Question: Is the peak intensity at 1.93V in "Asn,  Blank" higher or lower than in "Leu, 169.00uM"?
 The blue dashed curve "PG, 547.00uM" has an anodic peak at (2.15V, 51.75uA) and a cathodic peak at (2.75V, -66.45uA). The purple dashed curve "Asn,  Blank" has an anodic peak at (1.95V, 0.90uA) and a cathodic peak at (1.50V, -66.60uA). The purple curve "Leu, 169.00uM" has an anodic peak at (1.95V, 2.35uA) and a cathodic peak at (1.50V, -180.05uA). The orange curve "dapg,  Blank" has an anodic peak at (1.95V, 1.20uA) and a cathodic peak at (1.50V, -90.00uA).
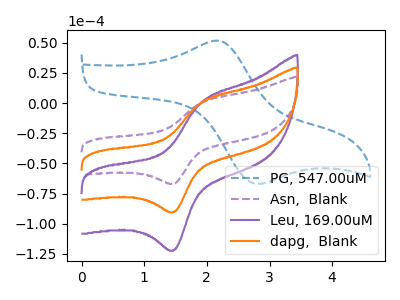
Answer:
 <answer>The peak at 1.93V is lower in "Asn,  Blank" than in "Leu, 169.00uM".</answer>
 <eval>lower</eval>